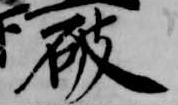
破